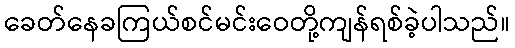
ခေတ်နေခကြယ်စင်မင်းဝေတို့ကျန်ရစ်ခဲ့ပါသည်။